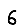
Digit: 6